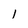
Character: 1